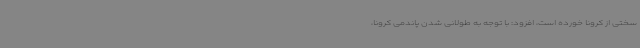
سختی از کرونا خورده است، افزود: با توجه به طولانی شدن پاندمی کرونا،